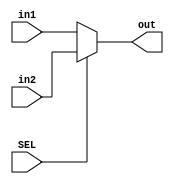
`timescale 1ns / 1ps
//////////////////////////////////////////////////////////////////////////////////
// Company: 
// Engineer: 
// 
// Design Name: 
// Module Name: Mux_5
// Project Name: 
// Target Devices: 
// Tool Versions: 
// Description: 
// 
// Dependencies: 
// 
// Revision:
// Revision 0.01 - File Created
// Additional Comments:
// 
//////////////////////////////////////////////////////////////////////////////////


module Mux_5(
    input SEL,
    input [4:0] in1,
    input [4:0] in2,
    output [4:0] out
    );
    assign out = (SEL)? in2 : in1;
endmodule